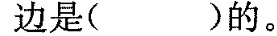
边是( )的。